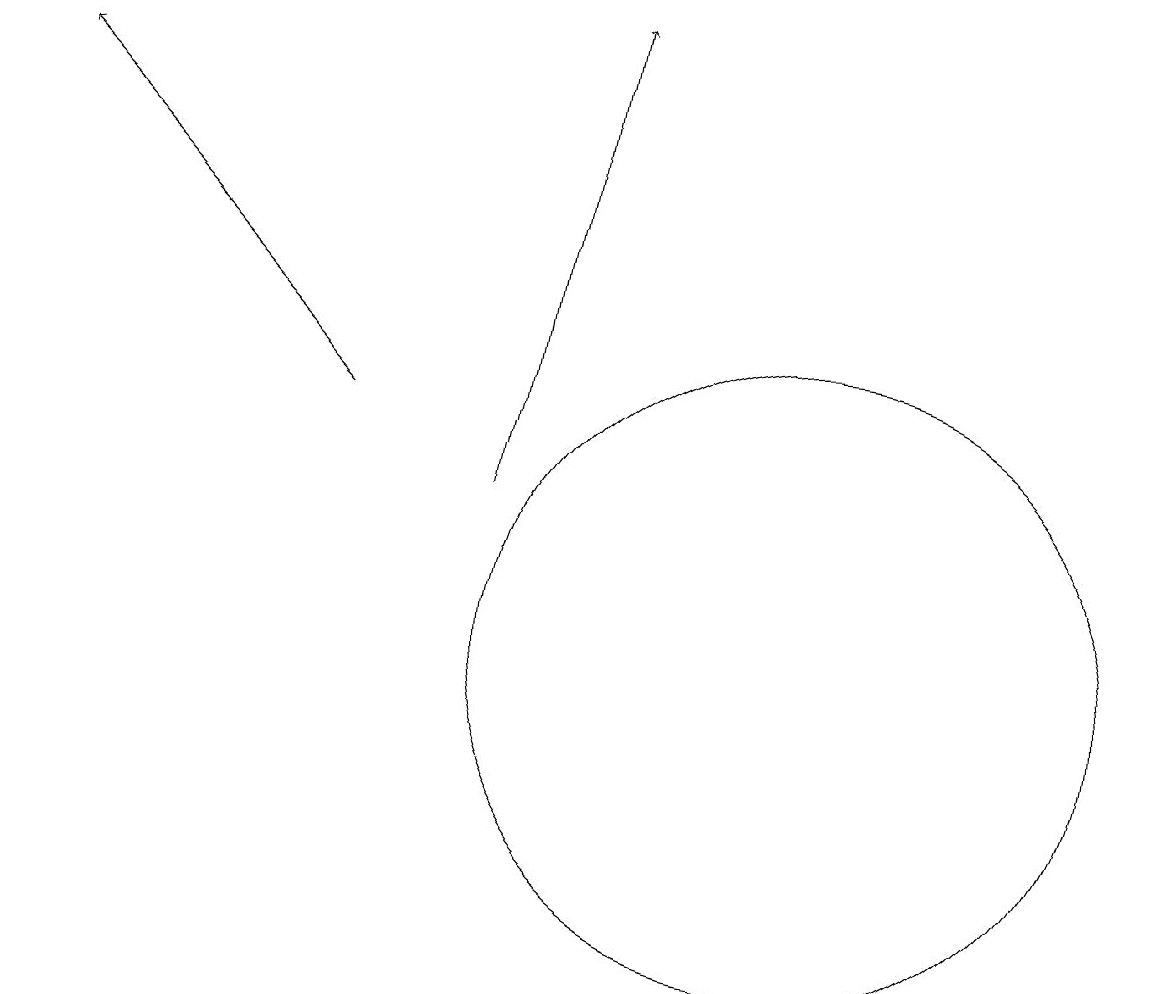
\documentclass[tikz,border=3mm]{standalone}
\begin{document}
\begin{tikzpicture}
\draw[->] (5,13) -- (1,17);
\draw (11,10) circle (4);
\draw[->] (7,12) -- (8,18);
\draw (10,10) circle (0);
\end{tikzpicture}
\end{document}